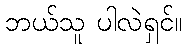
ဘယ်သူ ပါလဲရှင်။